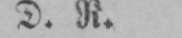
D. R.